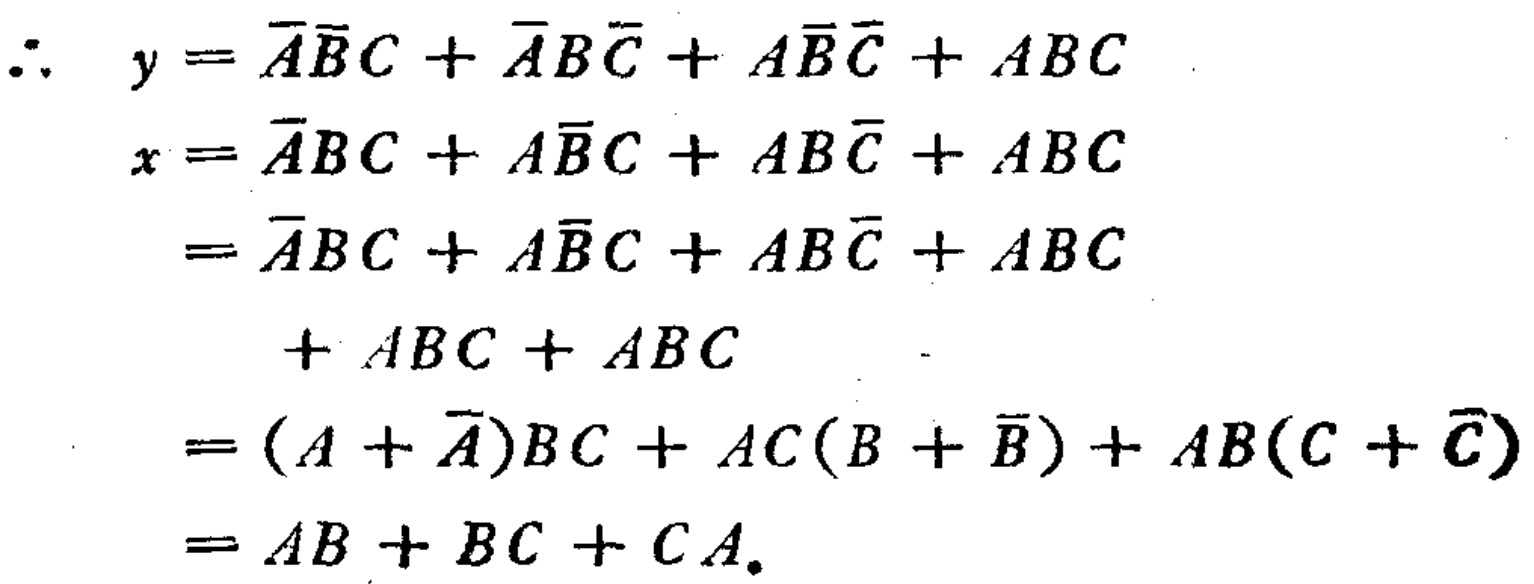
\[

\begin{align*}

\therefore\ y&=\overline{A}\overline{B}C+\overline{A}B\overline{C}+A\overline{B}\overline{C}+ABC\\

x&=\overline{A}BC + A\overline{B}C + AB\overline{C}+ABC\\

&=\overline{A}BC + A\overline{B}C + AB\overline{C}+ABC\\

&=\overline{A}BC + A\overline{B}C + AB\overline{C}+ABC\\

&\quad+ABC + ABC\\

&=(A + \overline{A})BC+AC(B + \overline{B})+AB(C + \overline{C})\\

&=AB + BC + CA.

\end{align*}

\]